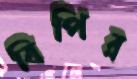
বিপির